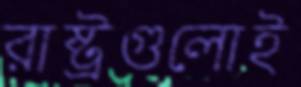
রাষ্ট্রগুলোই